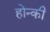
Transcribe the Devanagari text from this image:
होन्की